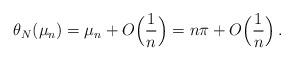
LaTeX: \begin{align*}\theta_N(\mu_n)= \mu_n+ O\Big(\frac{1}{n}\Big)=n\pi + O\Big(\frac{1}{n}\Big)\,.\end{align*}